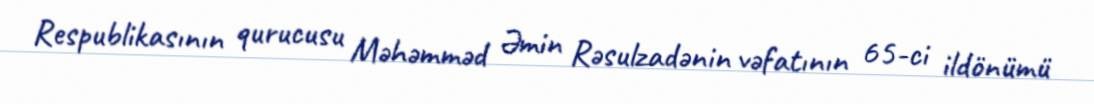
Respublikasının qurucusu Məhəmməd Əmin Rəsulzadənin vəfatının 65-ci ildönümü